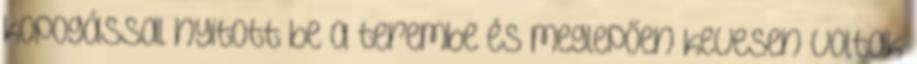
kopogással nyitott be a terembe és meglepően kevesen voltak